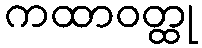
ကထာဝတ္ထု